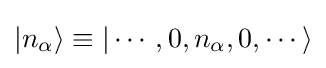
|n_{\alpha }\rangle \equiv |\cdots ,0,n_{\alpha },0,\cdots \rangle